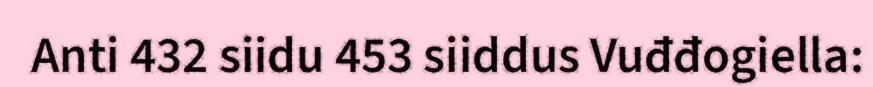
Anti 432 siidu 453 siiddus Vuđđogiella: